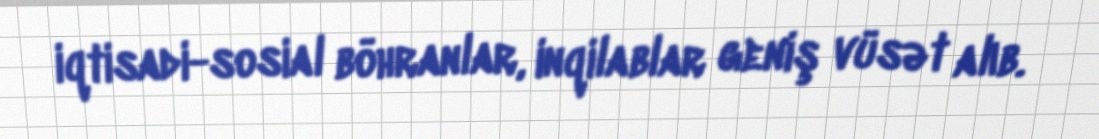
iqtisadi-sosial böhranlar, inqilablar geniş vüsət alıb.